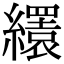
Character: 𦇏